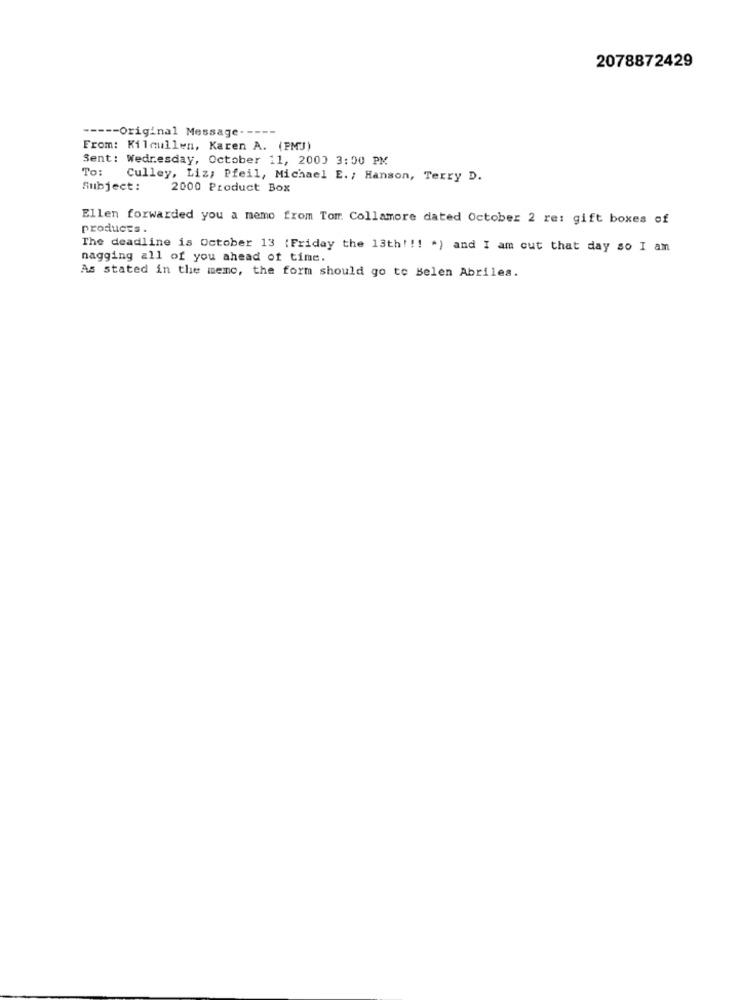
2078872429
----- Original Message -----
From: Kilcullen, Karen A. (PMJ)
Sent: Wednesday, October 11, 2000 3:00 PM
To:
Culley, Liz; Pfeil, Michael E. ; Hanson, Terry D.
Subject:
2000 Product Box
Ellen forwarded you a memo from Tomr. Collamore dated October 2 re: gift boxes of
products .
The deadline is October 13 (Friday the 13th !!! * ) and I am out that day so I am
nagging all of you ahead of time.
As stated in the memc, the form should go to Belen Abriles.